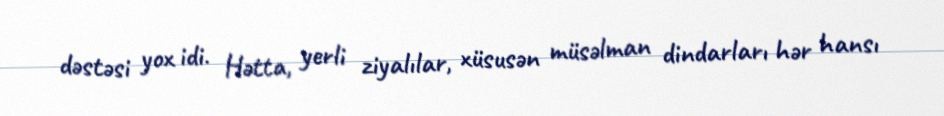
dəstəsi yox idi. Hətta, yerli ziyalılar, xüsusən müsəlman dindarları hər hansı